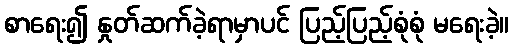
စာရေး၍ နှုတ်ဆက်ခဲ့ရာမှာပင် ပြည့်ပြည့်စုံစုံ မရေးခဲ့။